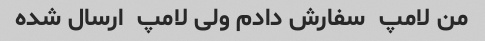
من لامپ  سفارش دادم ولی لامپ  ارسال شده